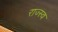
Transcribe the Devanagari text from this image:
राज्स्व